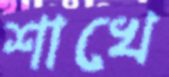
শাখে